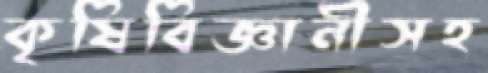
কৃষিবিজ্ঞানীসহ